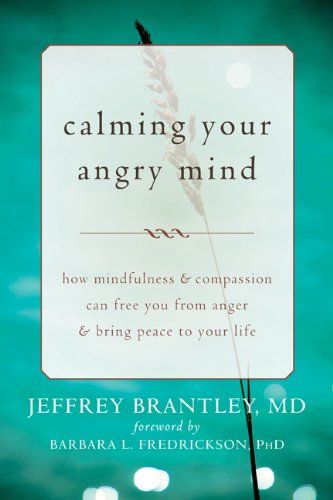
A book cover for Calming Your Angry Mind: How Mindfulness and Compassion Can Free You from Anger and Bring Peace to Your Life; Jeffrey Brantley MD; Self-Help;